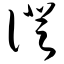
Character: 证